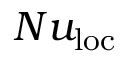
N u _ { \mathrm { { l o c } } }